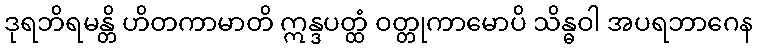
ဒုရဘိရမန္တိ ဟိတကာမာတိ ဣန္ဒပတ္ထံ ဝတ္တုကာမောပိ သိန္ဓဝါ အပရဘာဂေန